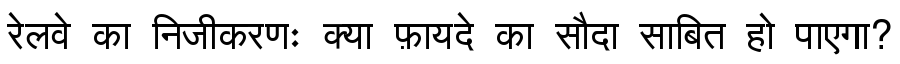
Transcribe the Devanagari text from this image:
रेलवे का निजीकरणः क्या फ़ायदे का सौदा साबित हो पाएगा?